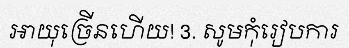
អាយុច្រើនហើយ! 3. សូមកុំរៀបការ